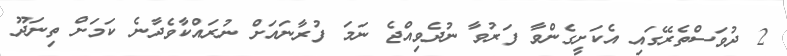
2 ދުވަސްތެރޭގައި އެކަށީގެންވާ ފަރުވާ ނުދެވިއްޖެ ނަމަ ފުރާނައަށް ނުރައްކާވެދާނެ ކަމަށް ތިނަދޫ